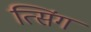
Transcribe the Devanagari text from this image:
त्सिंग